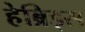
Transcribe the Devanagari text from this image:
हेब्रिड्स